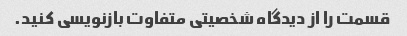
قسمت را از دیدگاه شخصیتی متفاوت بازنویسی کنید.